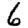
Digit: 6